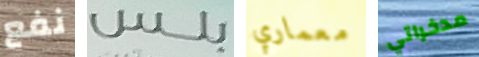
نفع بلس معماري مدخراتي